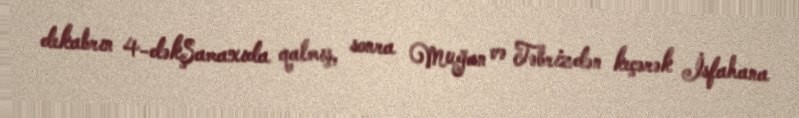
dekabrın 4-dəkŞamaxıda qalmış, sonra Muğan və Təbrizdən keçərək İsfahana